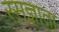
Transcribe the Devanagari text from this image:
रसज्ञाता